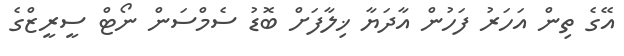
އޭގެ ތިން އަހަރު ފަހުން އާދަޔާ ޚިލާފަށް ބޮޑު ސެމްސަން ނޯޓް ސީރީޒްގެ